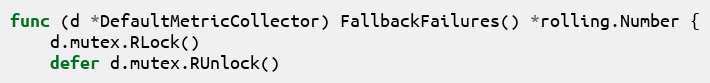
Language: Go
func (d *DefaultMetricCollector) FallbackFailures() *rolling.Number {
	d.mutex.RLock()
	defer d.mutex.RUnlock()